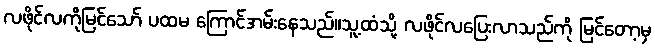
လဖိုင်လကိုမြင်သော် ပထမ ကြောင်အမ်းနေသည်။သူ့ထံသို့ လဖိုင်လပြေးလာသည်ကို မြင်တော့မှ